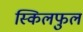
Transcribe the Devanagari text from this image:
स्किलफुल